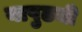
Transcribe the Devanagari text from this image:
यापुढची